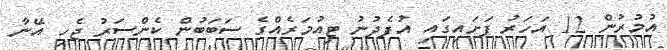
އުމުރުން 12 އަހަރު ފަށައިގައި އުފެދުނު ޓިއުމަރެއްގެ ސަބަބުން ކެންސަރު ޖެހި އޭނާ